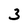
Character: 3